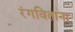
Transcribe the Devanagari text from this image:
रंगविताना